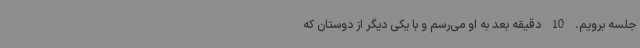
جلسه برویم.‌ 10 دقیقه بعد به او می‌رسم و با یکی دیگر از دوستان که